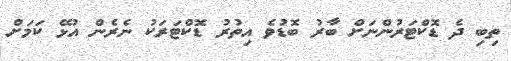
ތިބި ދެ ޑޮކްޓަރުންނަށް ބާރު ބޮޑުވެ އިތުރު ޑޮކްޓަރަކު ނެރެން އުޅޭ ކަމަށް